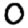
Digit: 0